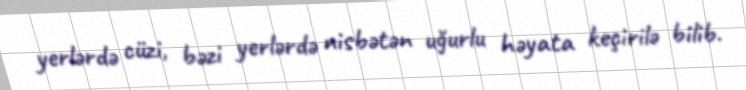
yerlərdə cüzi, bəzi yerlərdə nisbətən uğurlu həyata keçirilə bilib.